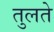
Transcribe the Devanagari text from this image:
तुलते